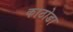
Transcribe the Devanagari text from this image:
काठोडा